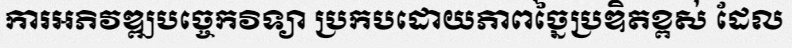
ការអភិវឌ្ឍបច្ចេកវិទ្យា ប្រកបដោយភាពច្នៃប្រឌិតខ្ពស់ ដែល